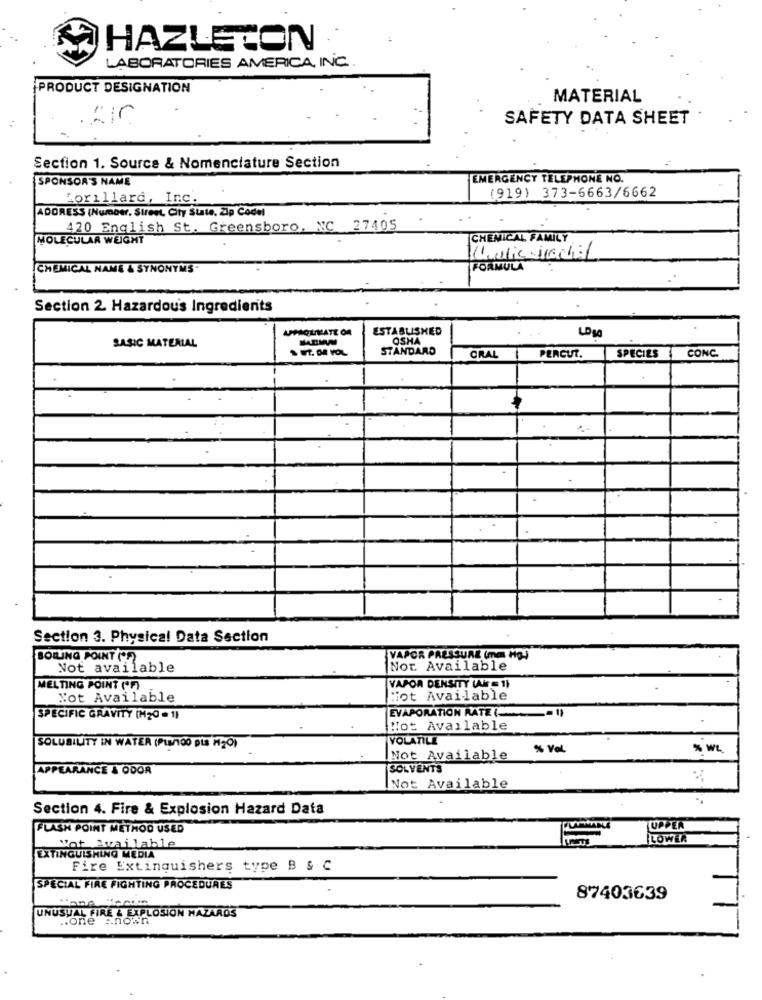
HAZLETON
LABORATORIES AMERICA, INC.
PRODUCT DESIGNATION
MATERIAL
SAFETY DATA SHEET
Section 1. Source & Nomenclature Section
SPONSOR'S NAME
EMERGENCY TELEPHONE NO.
(919) 373-6663/6662
Lorillard, Inc.
ADDRESS (Number, Street, City State, Zip Codel
420 English St. Greensboro, NC 27405
MOLECULAR WEIGHT
CHEMICAL FAMILY
CHEMICAL NAME & SYNONYMS
FORMULA
Section 2 Hazardous Ingredients
APPROLIMATE OR
ESTABLISHED
LOM
OSHA
SASIC MATERIAL
STANDARD
SPECIES
CRAL
PERCUT.
CONC.
Section 3. Physical Data Section
BOILING POINT (F)
VAPOR PRESSURE (mm Hg-)
Not available
Not Available
MELTING POINT ('F)
VAPOR DENSITY (W = 1)
Not Available
Hot Available
EVAPORATION RATE (
SPECIFIC GRAVITY (N20 = 1)
Not Available
VOLATILE
SOLUBILITY IN WATER (PL/100 DLA M20)
% Vol
% WL
Not Available
APPEARANCE & ODOR
SOLVENTS
Not Available
Section 4. Fire & Explosion Hazard Data
FLASH POINT METHOD USED
LUPPEN
Not Available
LOWER
EXTINGUISHING MEDIA
Fire Extinguishers type B & C
SPECIAL FIRE FIGHTING PROCEDURES
87403639
UNUSUAL FIRE & EXPLOSION MAZAROS
.. one Known